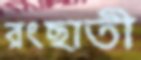
রংছাতী